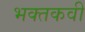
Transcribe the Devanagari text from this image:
भक्तकवी